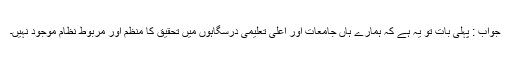
جواب : پہلی بات تو یہ ہے کہ ہمارے ہاں جامعات اور اعلیٰ تعلیمی درسگاہوں میں تحقیق کا منظم اور مربوط نظام موجود نہیں۔